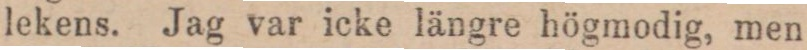
lekens. Jag var icke längre högmodig, men